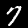
Digit: 7